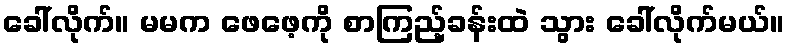
ခေါ်လိုက်။ မမက ဖေဖေ့ကို စာကြည့်ခန်းထဲ သွား ခေါ်လိုက်မယ်။